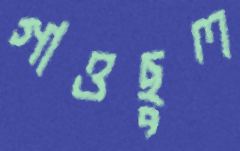
গাওছুল